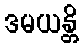
ဒမယန္တိ